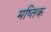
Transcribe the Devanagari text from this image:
मष्तिक